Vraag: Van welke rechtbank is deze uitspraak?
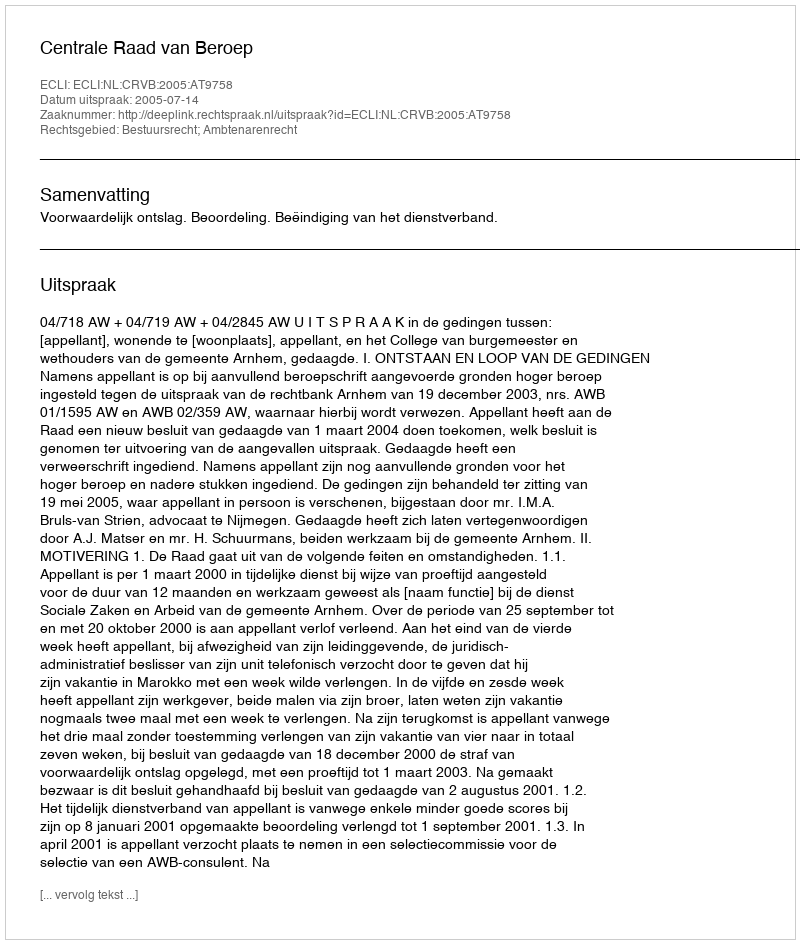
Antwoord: Centrale Raad van Beroep